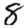
Digit: 8